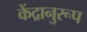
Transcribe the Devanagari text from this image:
केंद्रानुरूप